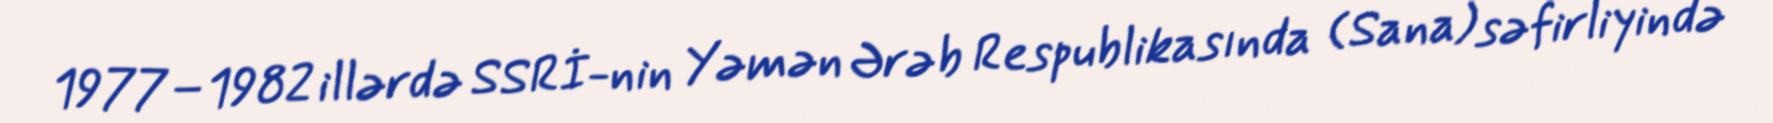
1977–1982 illərdə SSRİ-nin Yəmən Ərəb Respublikasında (Sana) səfirliyində